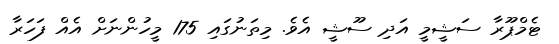
ޓެމްޕޫރާ ސަޝީމީ އަދި ސޫޝީ އެވެ. މިތަނުގައި 175 މީހުންނަށް އެއް ފަހަރާ